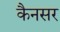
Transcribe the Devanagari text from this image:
कैनसर